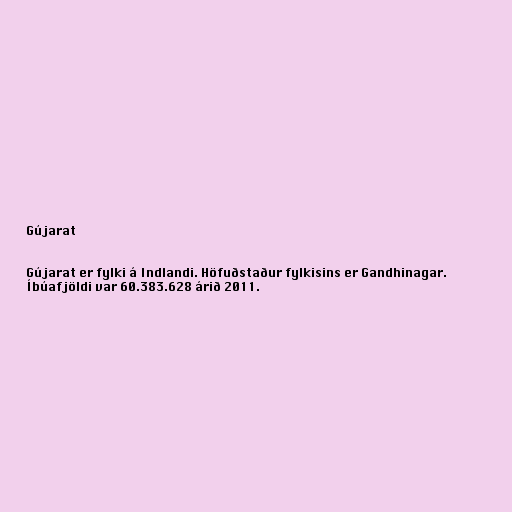
Gújarat

Gújarat er fylki á Indlandi. Höfuðstaður fylkisins er Gandhinagar.
Íbúafjöldi var 60.383.628 árið 2011.